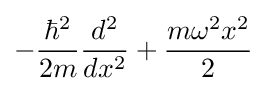
-{\frac {\hbar ^{2}}{2m}}{\frac {d^{2}}{dx^{2}}}+{\frac {m\omega ^{2}x^{2}}{2}}